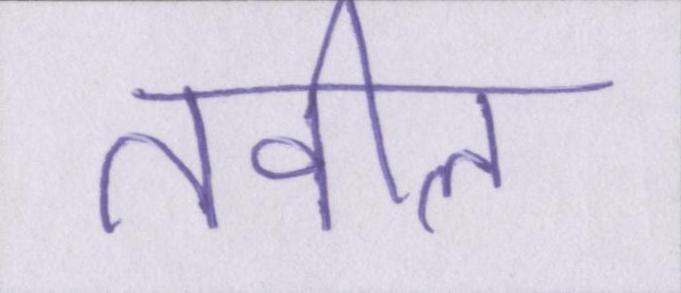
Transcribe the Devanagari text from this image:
तवील